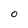
Character: 0